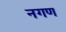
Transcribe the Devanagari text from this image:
नगण